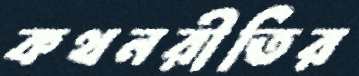
কথনরীতির